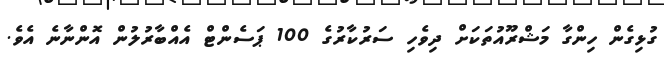
ގުޅިގެން ހިންގާ މަޝްރޫއުތަކަށް ދިވެހި ސަރުކާރުގެ 100 ޕަސެންޓް އެއްބާރުލުން އޮންނާނެ އެވެ.